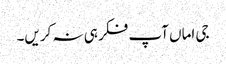
جی اماں آپ فکر ہی نہ کریں۔